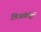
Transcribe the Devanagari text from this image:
लिआंगमेई